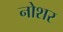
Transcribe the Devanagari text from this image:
नोशर